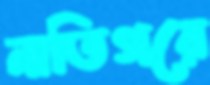
নাতিগরে